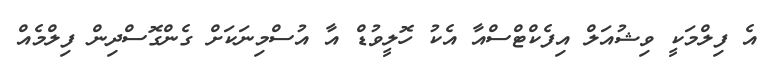
އެ ފިލްމަކީ ވިޝުއަލް އިފެކްޓްސްއާ އެކު ހޮލީވުޑް އާ އުސްމިނަކަށް ގެންގޮސްދިން ފިލްމެއް